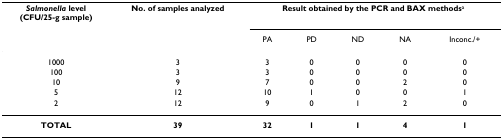
| Salmonella level(CFU/25-g sample) | No. of samples analyzed | <COLSPAN=5> Result obtained by the PCR and BAX methodsa |
 |  |  | PA | PD | ND | NA | Inconc./+ |
 | --- | --- | --- | --- | --- | --- | --- |
 | 1000 | 3 | 3 | 0 | 0 | 0 | 0 |
 | 100 | 3 | 3 | 0 | 0 | 0 | 0 |
 | 10 | 9 | 7 | 0 | 0 | 2 | 0 |
 | 5 | 12 | 10 | 1 | 0 | 0 | 1 |
 | 2 | 12 | 9 | 0 | 1 | 2 | 0 |
 | TOTAL | 39 | 32 | 1 | 1 | 4 | 1 |